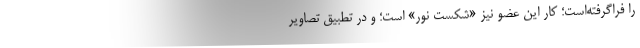
را فراگرفته‌است؛ کار این عضو نیز «شکست نور» است؛ و در تطبیق تصاویر